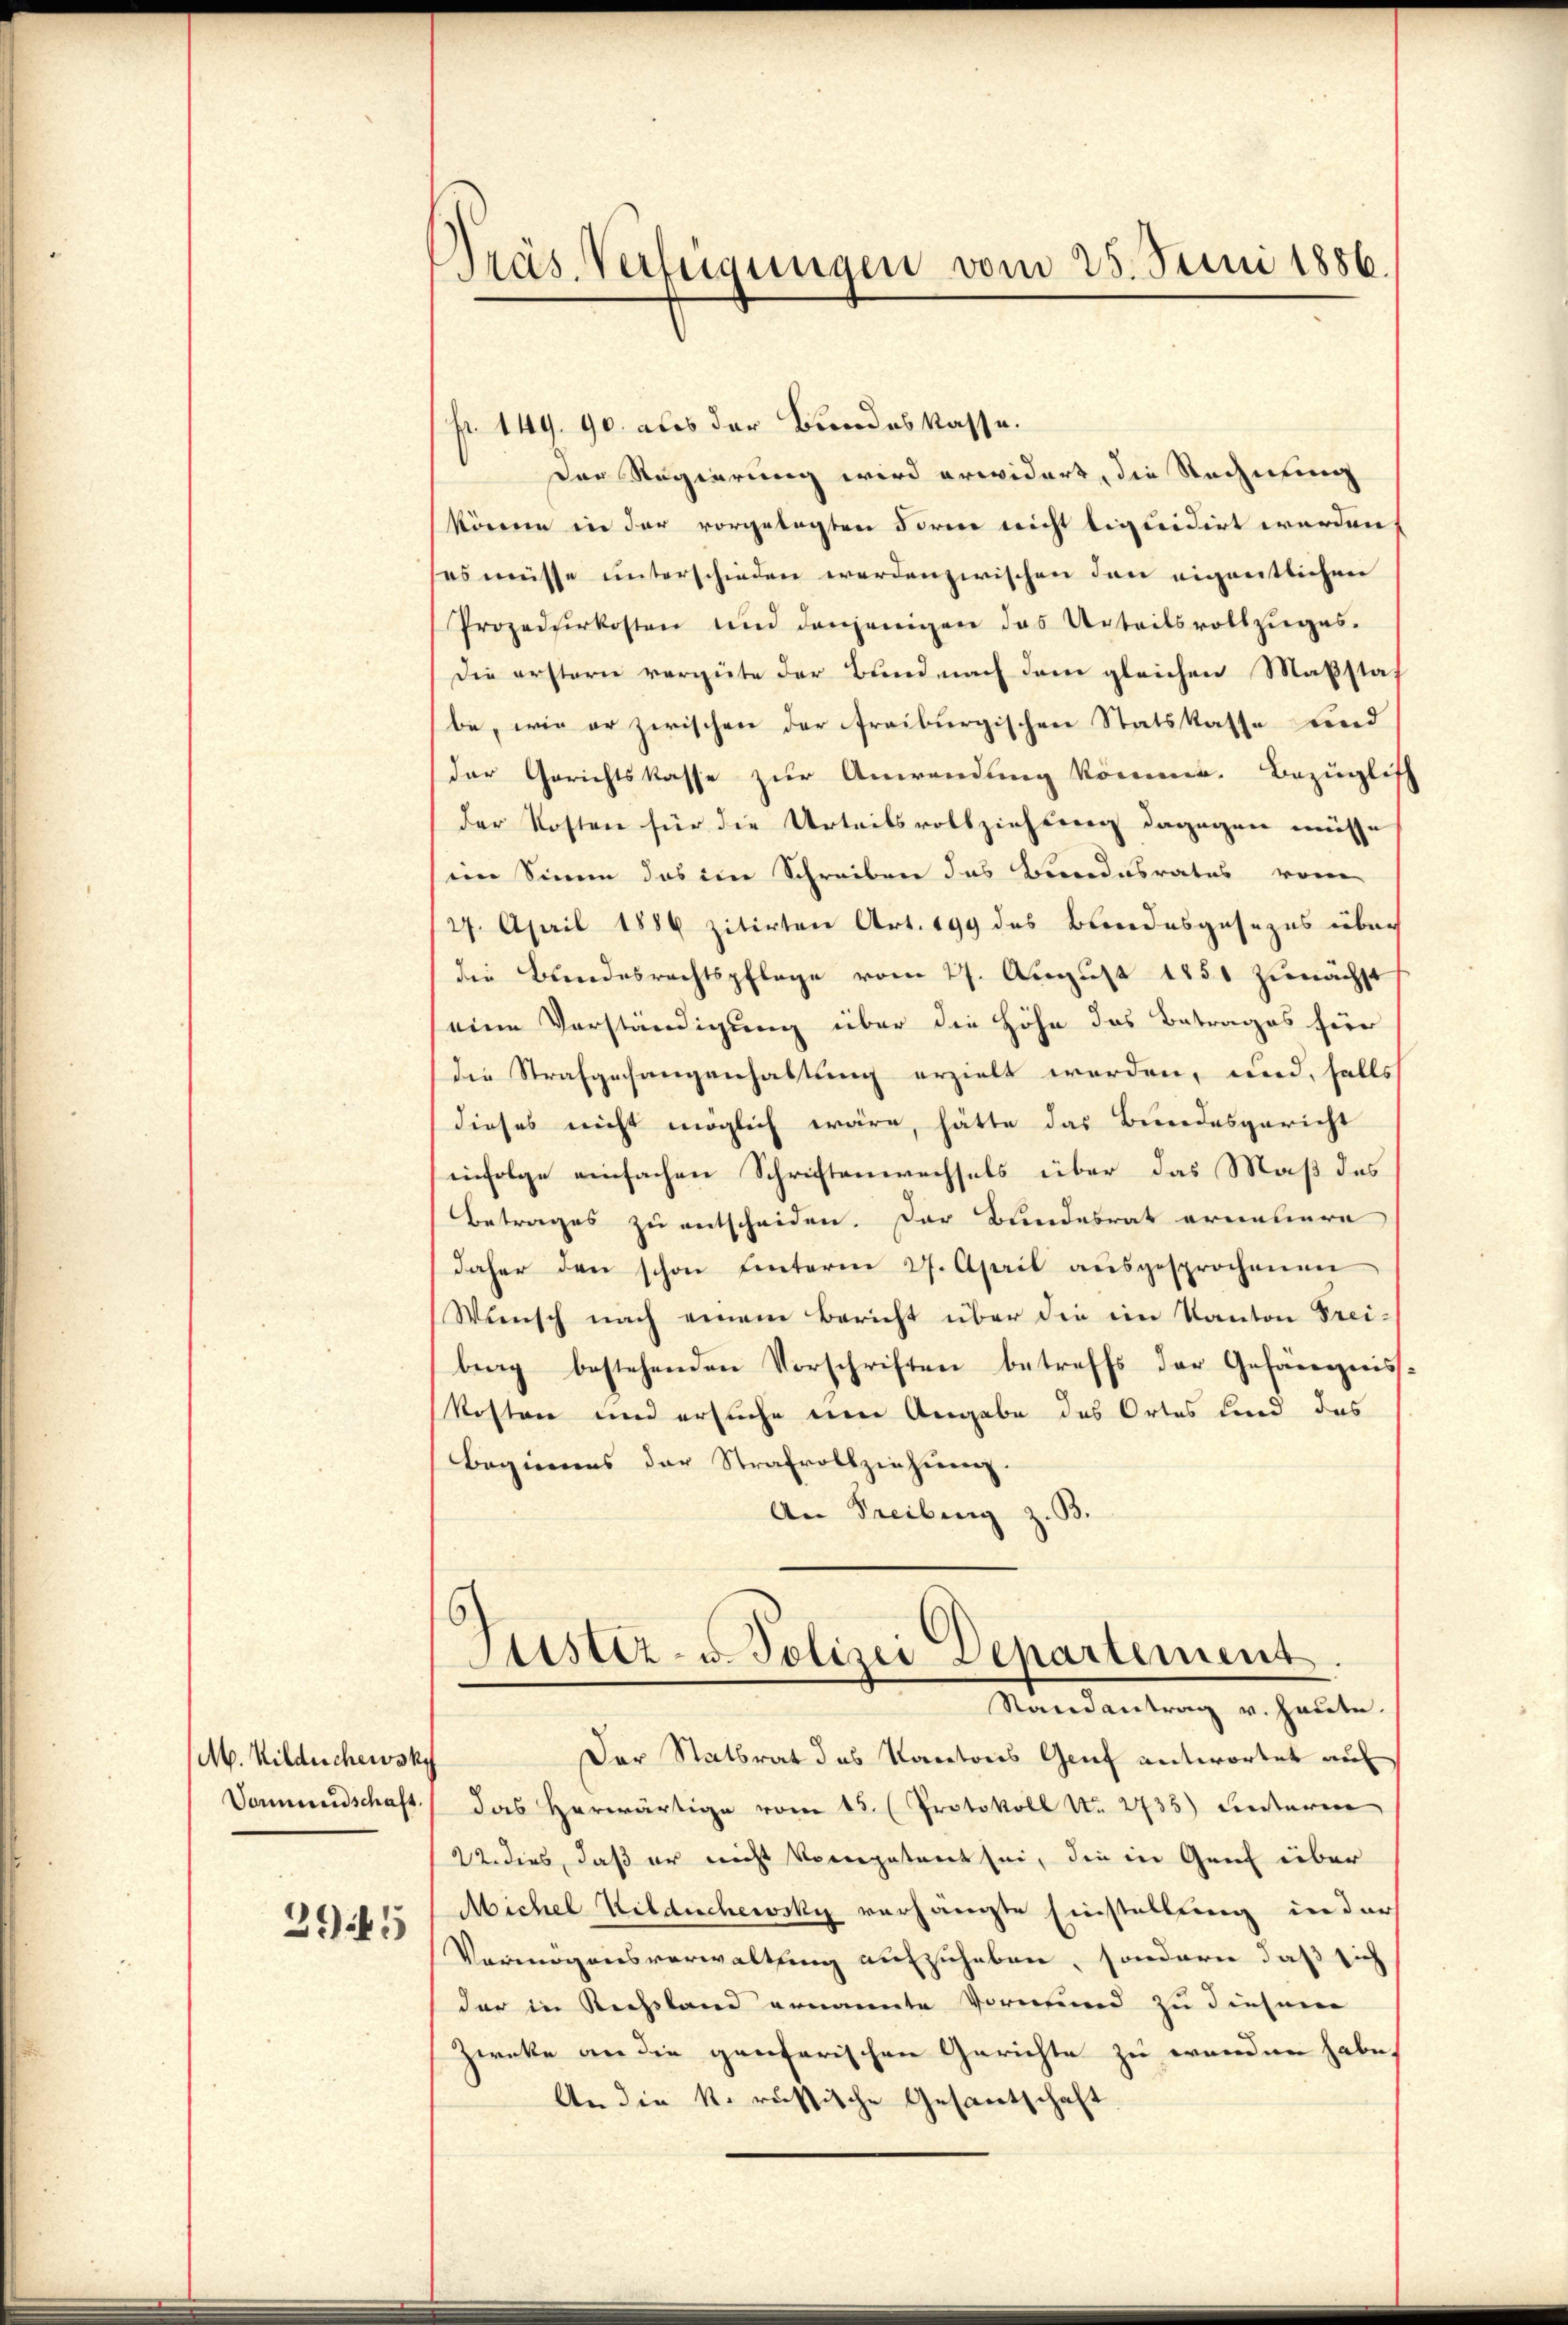
M. Wildschewsky
Vormundschaft
39.15

Dras Verfügungen vom 25. Juni 1886.

fr. 149. 90. aus der Bundeskasse.
Der Regierung wird erwidert, die Rechnung
könne in der vorgelegten Forme nicht tigteidirt werden
ses müsse unterschieden werdenzwischen den eigentlichen
Prozedurkosten und denjenigen das Urteilsvollzuges.
Die erstern vergüte der Bund nach dem gleichen Maßstaf
be, wie er zwischen der freiburgischen Statskasse und
Der Gerichtskasse zur Anwendung komme. Bezüglich
der Kosten für die Urteilsvollziehung dagegen müsse
im Sinne das im Schreiben das Bindesrates von
27. April 1886 zitirten Art. 199 des Bundesgesezes über
die Bundesrechtspflege vom 27. August 1851 zunächst
seine Verständigung über die Höhe das Betrages hier
die Strafgesangenhaltung erzielt werden, und, falls
dieses nicht möglich wäre, hätte das Bundesgericht
infolge einfachen Schriftenwechsels über das Maß des
Betrages zu entscheiden. Der Bundesrat erneuere
daher den schon hinterm 27. April aŭsgesprochenen
Wünsch nach einem Bericht über die ein Kanton Frei-
bing bestehenden Vorschriften betreffs der Gefängnis
kosten und ersuche eine Angabe des Ortes und das
Beginnes der Strafvollziehung.
An Freibung z. B.

Der Statbrat des Kantons Genf antwortet auf
das herwärtige vom 15. (Protokoll No 2735) unterme
22. dies, daß er nicht vorgetant sei, die in Gruf über
Michel Wildschewsky verhängte Einstellung in der
Vermögensverwaltung aufzuheben, sondern daß sich
der in Rechsland ernannte Vormund zu diesem
Zwecke an die gentarischen Gerichte zu werden habe,
An die k. russische Gesantschaft

E
Justiz- u. Polizei Departement.
Randantrag v. heute.